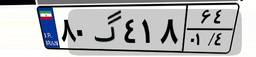
۸۰گ۴۱۸۶۴